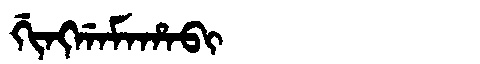
Manchu: ᡤᡳᠩᡤᠠᠮᠠᡥᠠᠪᡳ
Romanization: GINGGAMAHABI